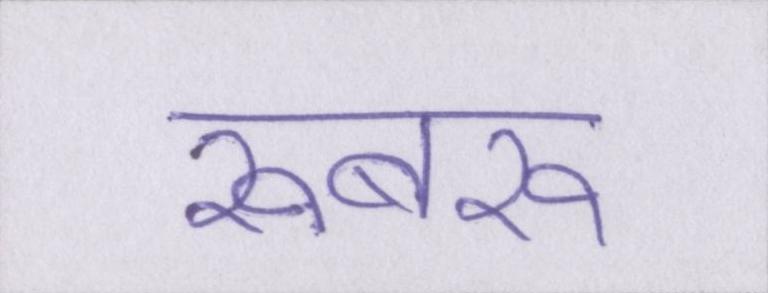
रूबरू